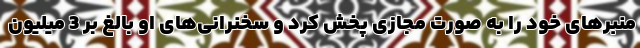
منبرهای خود را به صورت مجازی پخش کرد و سخنرانی‌های او بالغ بر 3 میلیون